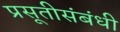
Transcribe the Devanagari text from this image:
प्रसूतीसंबंधी